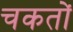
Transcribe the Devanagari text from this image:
चकतों